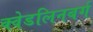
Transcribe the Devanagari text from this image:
क्वेडलिनबर्ग